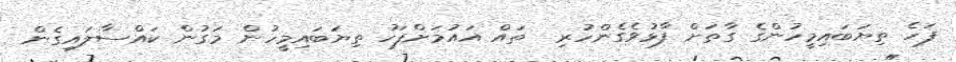
ފަހެ ތިޔަބައިމީހުންގެ ގާތަށް ފާޅުވެގެންހުރި  ތައް އައުމަށްފަހު ތިޔަބައިމީހުން މަގުން ކައްސާލައިގެން